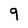
Character: 9